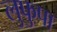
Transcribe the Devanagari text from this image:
लुफुपा